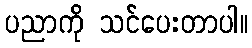
ပညာကို သင်ပေးတာပါ။